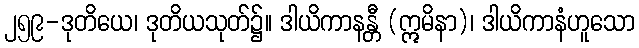
၂၅၉-ဒုတိယေ၊ ဒုတိယသုတ်၌။ ဒါယိကာနန္တီ (ဣမိနာ)၊ ဒါယိကာနံဟူသော